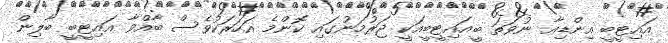
އައިޓީބީ އިންޑިއާ ނުވަތަ ބީއައިޓީބީއަކީ ޖަރުމަނުގައި ކޮންމެ އަހަރަކުވެސް ބާއްވާ އައިޓީބީ ބާލިން